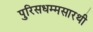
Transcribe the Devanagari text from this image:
पुरिसधम्मसारथी